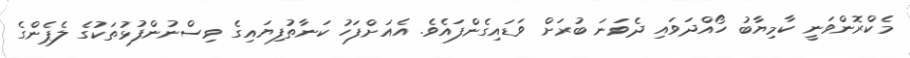
މެކްރޮންވަނީ ކާމިޔާބު ހޯއްދަވައި ދެވަނަ ބުރަށް ވަޑައިގެންފައެވެ. އެއަށްފަހު ކަނާތުފިޔައިގެ ވިސްނުންފުޅުތަކުގެ ލެޕެންގެ